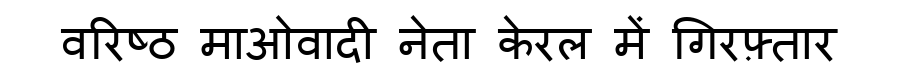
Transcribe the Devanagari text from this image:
वरिष्ठ माओवादी नेता केरल में गिरफ़्तार